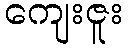
ကျေးဇူး